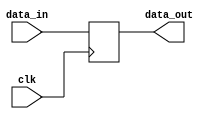
module top(data_in,data_out,clk);
output reg data_out;
input data_in;
input clk;

always @(posedge clk)
begin
myTask(data_out,data_in);
end
task myTask;
output out;
input in;
out = in;
endtask
endmodule